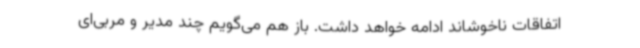
اتفاقات ناخوشاند ادامه خواهد داشت. باز هم می‌گویم چند مدیر و مربی‌ای